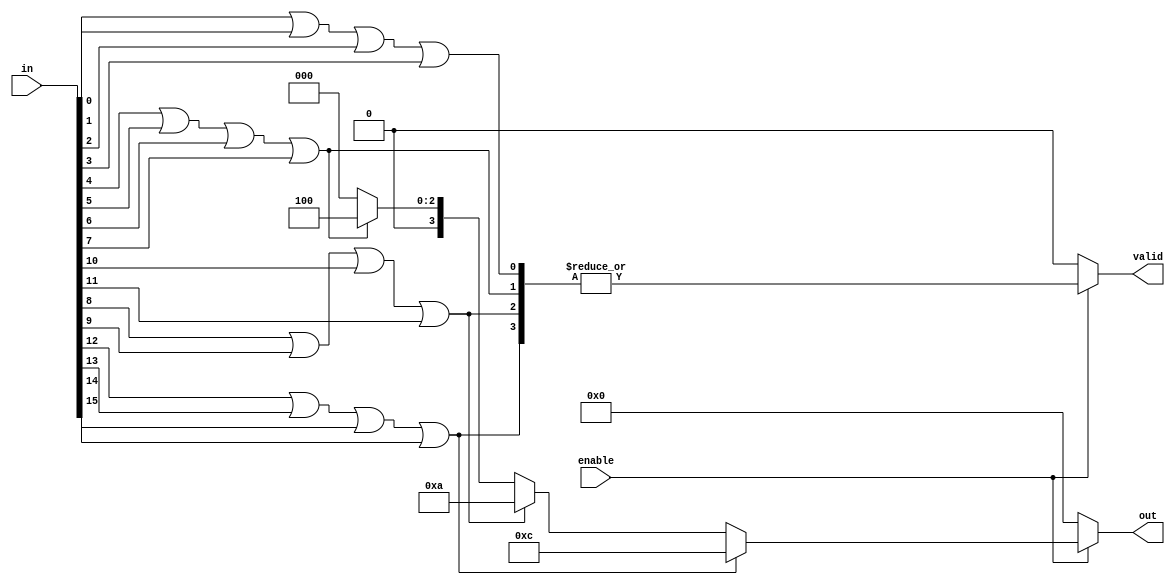
module multilevel_encoder (
    input wire [15:0] in,     // 16 input lines
    input wire enable,        // Enable signal
    output reg [3:0] out,     // 4-bit output
    output reg valid          // Output valid signal
);

    // Intermediate outputs for first level encoding
    wire [3:0] level1_out;
    
    // First level encoding (grouping inputs)
    always @(*) begin
        if (!enable) begin
            out = 4'b0000;  // If not enabled, output is zero
            valid = 1'b0;   // Output is not valid
        end else begin
            // Priority encoding for each group of 4 inputs
            level1_out[0] = in[0] | in[1] | in[2] | in[3]; // Group 0
            level1_out[1] = in[4] | in[5] | in[6] | in[7]; // Group 1
            level1_out[2] = in[8] | in[9] | in[10] | in[11]; // Group 2
            level1_out[3] = in[12] | in[13] | in[14] | in[15]; // Group 3
            
            // Final encoding based on the highest active group
            case (1'b1)
                level1_out[3]: out = 4'b1100; // Group 3 active
                level1_out[2]: out = 4'b1010; // Group 2 active
                level1_out[1]: out = 4'b0100; // Group 1 active
                level1_out[0]: out = 4'b0000; // Group 0 active
                default: out = 4'b0000; // No active input
            endcase
            
            // Determine the valid output signal
            valid = |level1_out; // Set valid if any group is active
        end
    end

endmodule